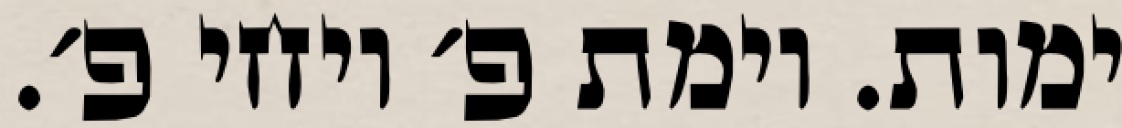
ימות. וימת פ׳ ויחי פ׳.